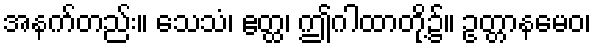
အနက်တည်း။ သေသံ၊ ဧတ္ထ၊ ဤဂါထာတို့၌။ ဥတ္တာနမေဝ၊